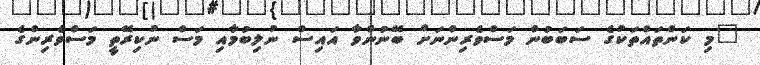
"މި ކަންތައްތަކުގެ ސަބަބުން މަސްވެރިންނަށް ބޭނުންވާ އައިސް ނުލިބުމާއި މަސް ނުކިރޭތީ މަސްވެރިންގެ